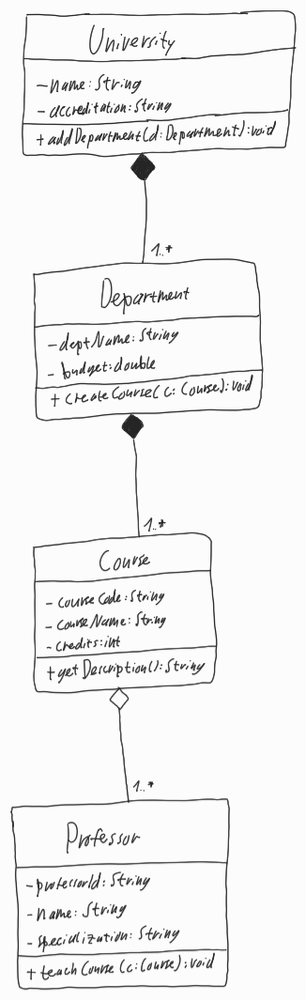
Diagram type: class_diagram
```plantuml
@startuml

class University {
  - name: String
  - accreditation: String
  + addDepartment(d: Department): void
}

class Department {
  - deptName: String
  - budget: double
  + createCourse(c: Course): void
}

class Course {
  - courseCode: String
  - courseName: String
  - credits: int
  + getDescription(): String
}

class Professor {
  - professorId: String
  - name: String
  - specialization: String
  + teachCourse(c: Course): void
}

University *-- "1..*" Department

Department *-- "1..*" Course

Course o-- "1..*" Professor

@enduml
```